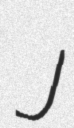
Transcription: J